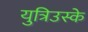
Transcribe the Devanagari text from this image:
युत्रिउस्के